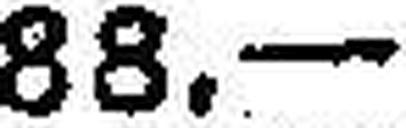
88.—